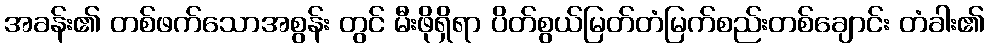
အခန်း၏ တစ်ဖက်သောအစွန်း တွင် မီးဖိုရှိရာ ပိတ်စွယ်မြတ်တံမြက်စည်းတစ်ချောင်း တံခါး၏